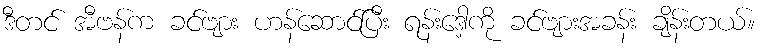
ဒီတင် အီဗန်က ခင်ဗျား ဟန်ဆောင်ပြီး ရန်းဒေါ့ကို ခင်ဗျားအခန်း ချိန်းတယ်။